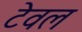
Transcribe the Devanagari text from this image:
टेवल